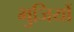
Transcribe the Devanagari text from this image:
भुजियों